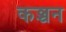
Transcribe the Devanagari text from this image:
कञ्चन